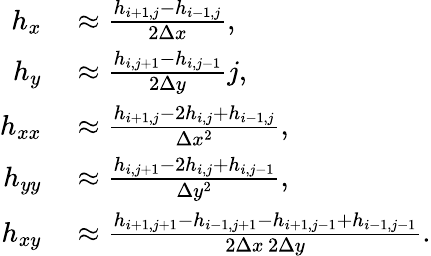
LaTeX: \begin{array}{rl}{h_{x}}&{{}\approx\frac{h_{i+1,j}-h_{i-1,j}}{2\Delta x},}\\ {h_{y}}&{{}\approx\frac{h_{i,j+1}-h_{i,j-1}}{2\Delta y}j,}\\ {h_{xx}}&{{}\approx\frac{h_{i+1,j}-2h_{i,j}+h_{i-1,j}}{\Delta x^{2}},}\\ {h_{yy}}&{{}\approx\frac{h_{i,j+1}-2h_{i,j}+h_{i,j-1}}{\Delta y^{2}},}\\ {h_{xy}}&{{}\approx\frac{h_{i+1,j+1}-h_{i-1,j+1}-h_{i+1,j-1}+h_{i-1,j-1}}{2\Delta x\, 2\Delta y}.}\end{array}